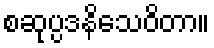
စဆုပ္ပဒနိသေဝိတာ။